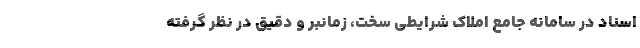
اسناد در سامانه جامع املاک شرایطی سخت، زمانبر و دقیق در نظر گرفته